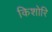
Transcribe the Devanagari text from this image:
किशोरि